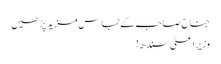
جناح صاحب کے لباس مزید پڑھیں
وزیراعلیٰ سندھ!